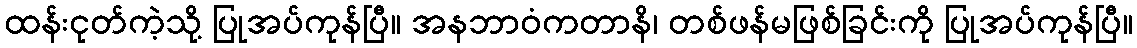
ထန်းငုတ်ကဲ့သို့ ပြုအပ်ကုန်ပြီ။ အနဘာဝံကတာနိ၊ တစ်ဖန်မဖြစ်ခြင်းကို ပြုအပ်ကုန်ပြီ။